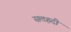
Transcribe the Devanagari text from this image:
सलहदी